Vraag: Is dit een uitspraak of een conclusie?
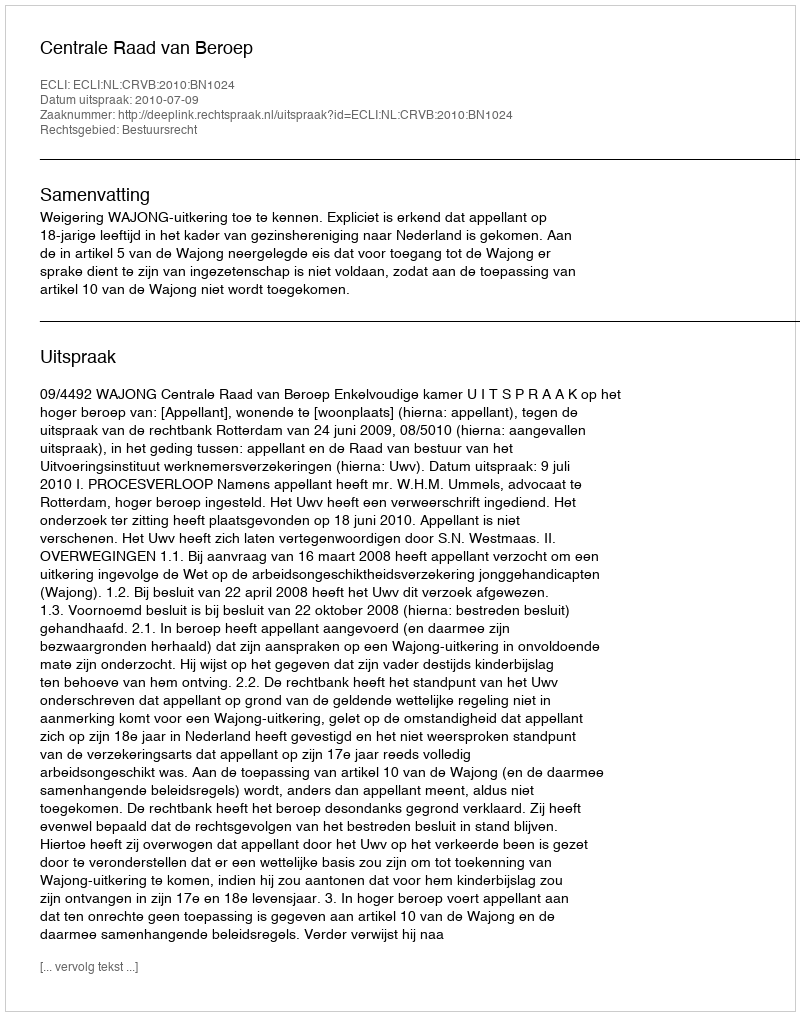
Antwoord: Uitspraak